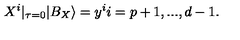
X ^ { i } | _ { \tau = 0 } | B _ { X } \rangle = y ^ { i } i = p + 1 , . . . , d - 1 .